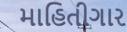
માહિતીગાર